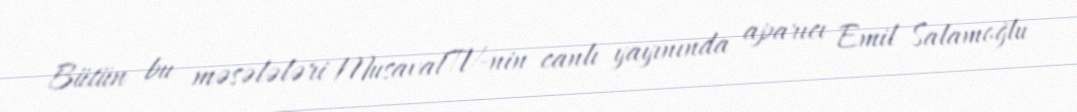
Bütün bu məsələləri MusavatTV-nin canlı yayınında aparıcı Emil Salamoğlu